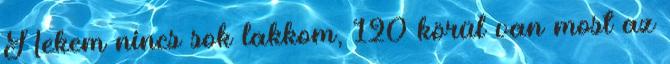
Nekem nincs sok lakkom, 120 körül van most az